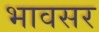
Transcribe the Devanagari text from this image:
भावसर